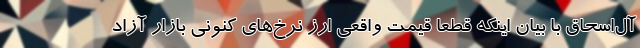
آل‌اسحاق با بیان اینکه قطعا قیمت واقعی ارز نرخ‌های کنونی بازار آزاد